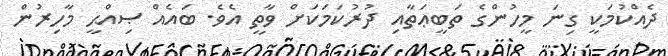
ދެއްކުމަކީ ގިނަ މީހުންގެ ތަބީޢަތާއި ދުރުކަމަކަށް ވާތީ އެވެ. ބައެއް ޞިއްޙީ މާހިރުން